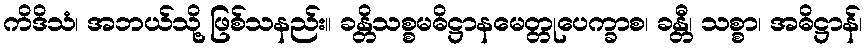
ကိဒိသံ၊ အဘယ်သို့ ဖြစ်သနည်း။ ခန္တိသစ္စမဓိဋ္ဌာနမေတ္တုပေက္ခာစ၊ ခန္တီ၊ သစ္စာ၊ အဓိဋ္ဌာန်၊